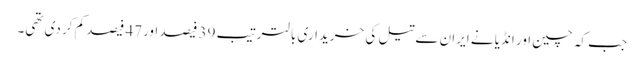
جب کہ چین اور انڈیا نے ایران سے تیل کی خریداری بالترتیب 39 فیصد اور47 فیصد کم کر دی تھی۔